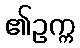
၏ဥက္က